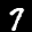
Label: 7